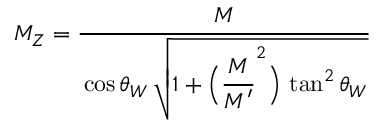
M _ { Z } = \frac { \strut \displaystyle M } { \strut \displaystyle \cos \theta _ { W } \, \sqrt { 1 + \Bigl ( \frac { \strut \displaystyle M } { \strut \displaystyle M ^ { \prime } } ^ { 2 } \Bigr ) \, \tan ^ { 2 } \theta _ { W } } }